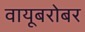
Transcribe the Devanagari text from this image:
वायूबरोबर